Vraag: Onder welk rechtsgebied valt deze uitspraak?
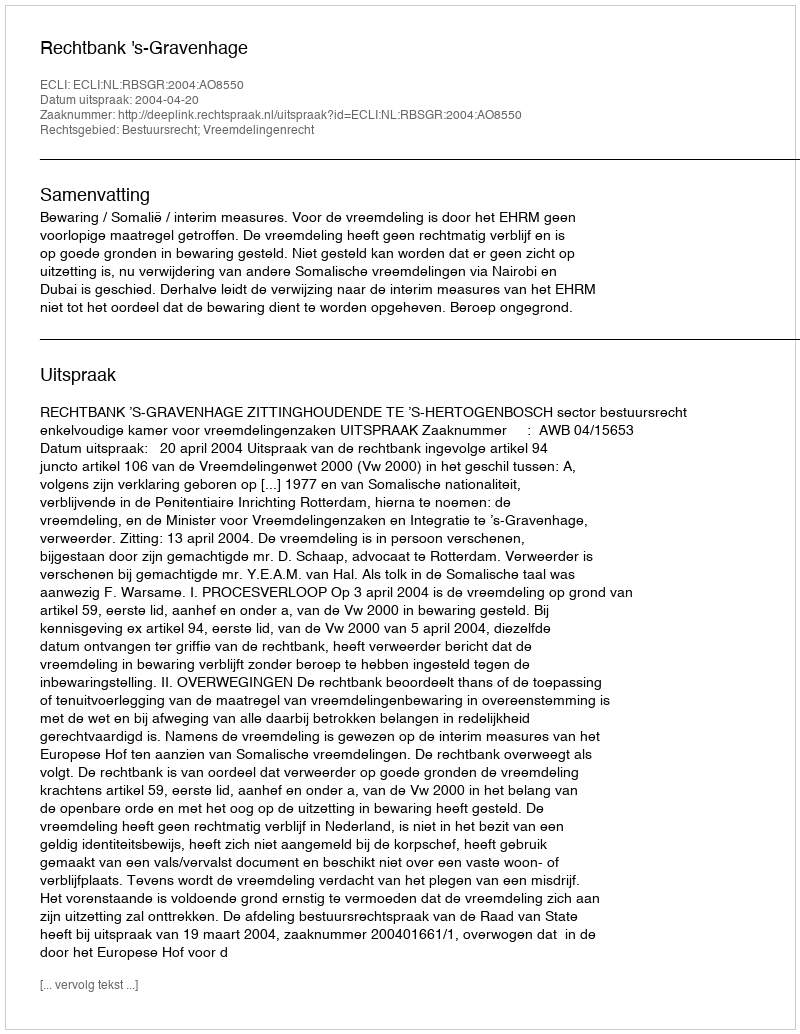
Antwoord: Bestuursrecht; Vreemdelingenrecht